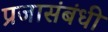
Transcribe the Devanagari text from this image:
प्रजासंबंधी